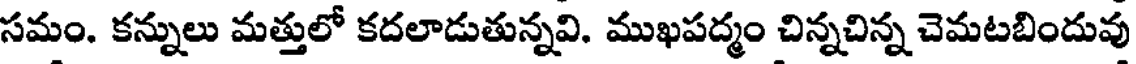
సమం. కన్నులు మత్తులో కదలాడుతున్నవి. ముఖపద్మం చిన్నచిన్న చెమటబిందువు